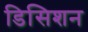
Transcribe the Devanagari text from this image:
डिसिशन